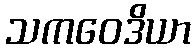
သကဝေဒိယာ